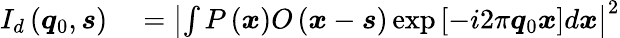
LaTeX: \begin{array}{rl}{I_{d}\left(\boldsymbol{q}_{0},\boldsymbol{s}\right)}&{{}=\left|\int P\left(\boldsymbol{x}\right)O\left(\boldsymbol{x}-\boldsymbol{s}\right)\exp\left[-i2\pi\boldsymbol{q}_{0}\boldsymbol{x}\right]d\boldsymbol{x}\right|^{2}}\end{array}